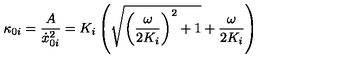
\kappa _ { 0 i } = \frac { A } { \dot { x } _ { 0 i } ^ { 2 } } = K _ { i } \left( \sqrt { { \left( \frac { \omega } { 2 K _ { i } } \right) } ^ { 2 } + 1 } + \frac { \omega } { 2 K _ { i } } \right)